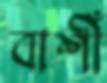
বাশীঁ